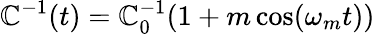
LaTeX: \mathbb{C}^{-1}(t)=\mathbb{C}_{0}^{-1}(1+m\cos(\omega_{m}t))